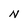
Character: N